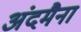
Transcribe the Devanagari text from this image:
अंदमैना